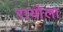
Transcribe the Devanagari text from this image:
रायोला